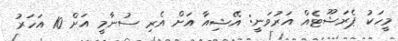
މީހަކު ޕެރަޝޫޓެއް އަރުވަނީ: އޭޝިއާ އަށް އެރި ސުނާމީ އަށް 10 އަހަރު